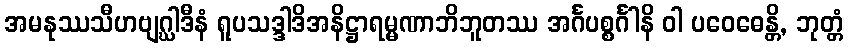
အမနုဿသီဟဗျဂ္ဃါဒီနံ ရူပသဒ္ဒါဒိအနိဋ္ဌာရမ္မဏာဘိဘူတဿ အင်္ဂပစ္စင်္ဂါနိ ဝါ ပဝေဓေန္တိ, ဘုတ္တံ